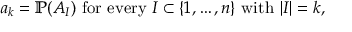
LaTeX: a _ { k } = \mathbb { P } ( A _ { I } ) { \mathrm { ~ f o r ~ e v e r y ~ } } I \subset \{ 1 , \ldots , n \} { \mathrm { ~ w i t h ~ } } | I | = k ,